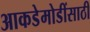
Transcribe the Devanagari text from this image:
आकडेमोडींसाठी